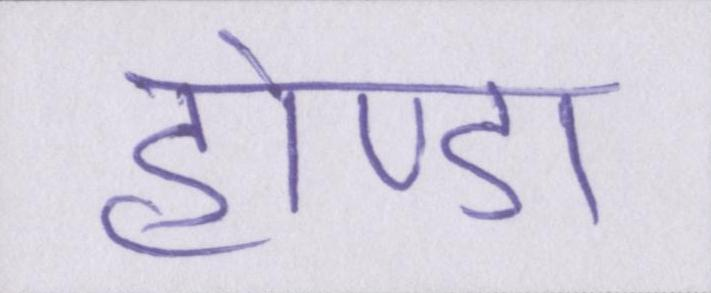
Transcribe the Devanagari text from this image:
होण्डा